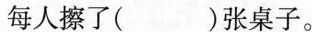
每人擦了( )张桌子。